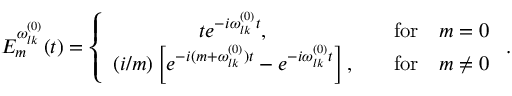
E _ { m } ^ { \omega _ { l k } ^ { ( 0 ) } } ( t ) = \left\{ \begin{array} { c c } { { t e ^ { - i \omega _ { l k } ^ { ( 0 ) } t } , } } & { { \quad \mathrm { f o r } \quad m = 0 } } \\ { { ( i / m ) \left[ e ^ { - i ( m + \omega _ { l k } ^ { ( 0 ) } ) t } - e ^ { - i \omega _ { l k } ^ { ( 0 ) } t } \right] , } } & { { \quad \mathrm { f o r } \quad m \neq 0 } } \end{array} \right. .